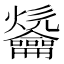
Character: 𪛑